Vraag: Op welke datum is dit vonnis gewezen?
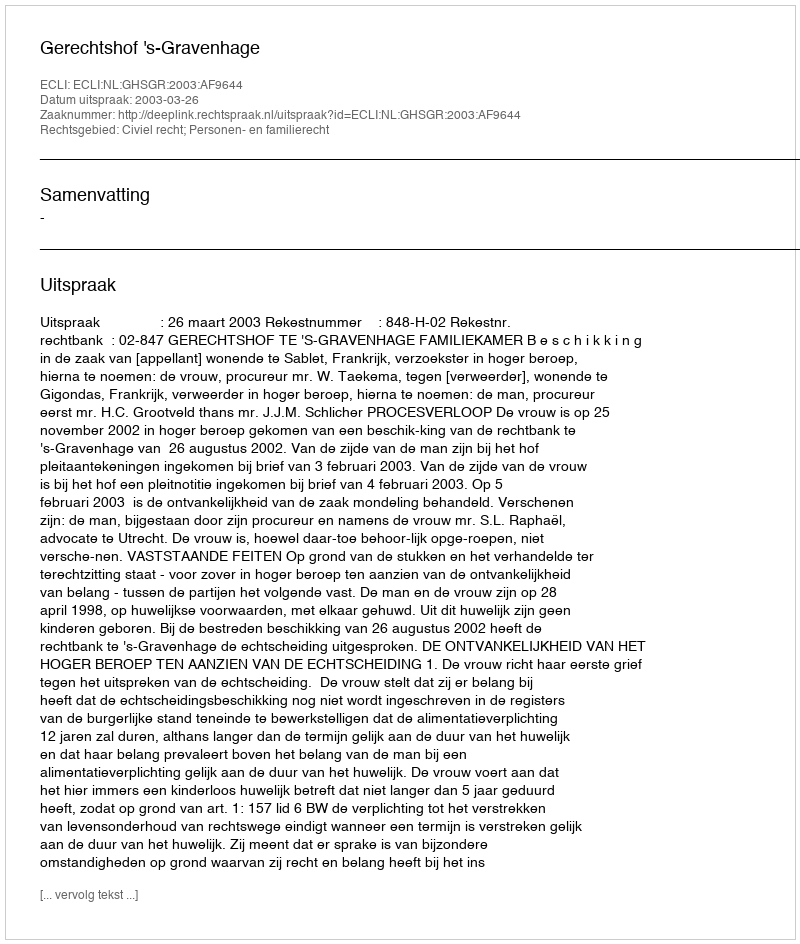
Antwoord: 2003-03-26